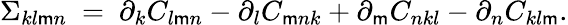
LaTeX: \Sigma_{kl\mathsf{m}n}\ =\ \partial_{k}C_{l\mathsf{m}n}-\partial_{l}C_{\mathsf{m}nk}+\partial_{\mathsf{m}}C_{nkl}-\partial_{n}C_{kl\mathsf{m}}.